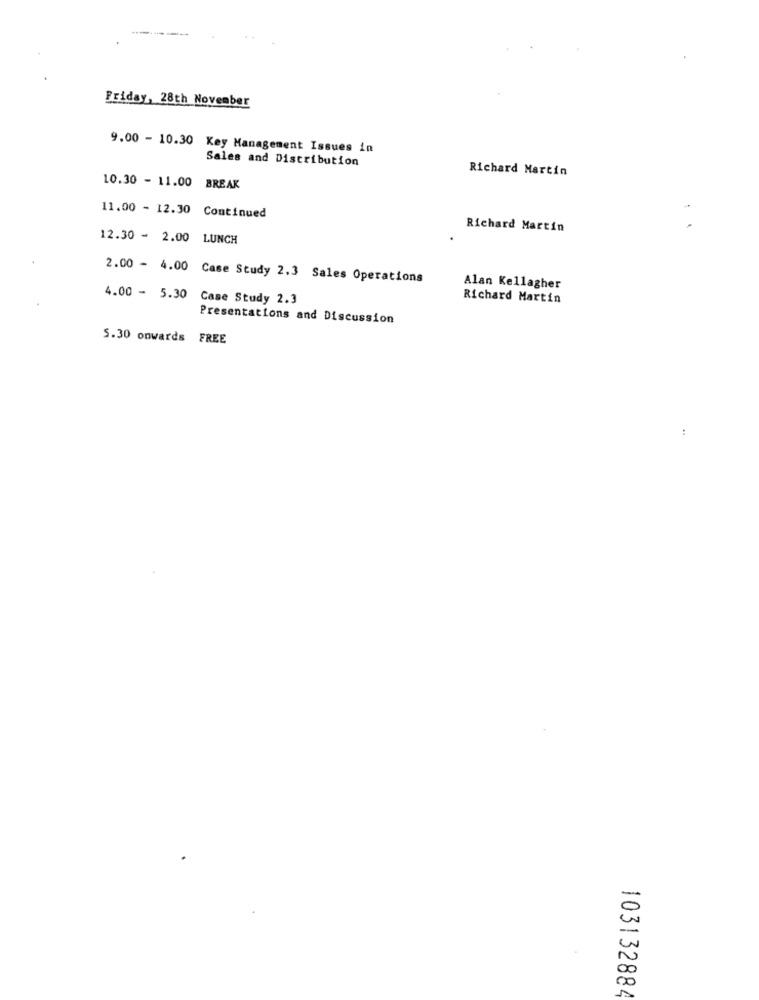
Friday, 28th November
9.00 - 10.30 Key Management Issues in
Sales and Distribution
Richard Martin
10.30 - 11.00 BREAK
11.00 - 12.30 Continued
Richard Martin
12.30 - 2.00 LUNCH
2.00 - 4.00 Case Study 2.3 Sales Operations
Alan Kellagher
4.00 - 5.30
Case Study 2.3
Richard Martin
Presentations and Discussion
5.30 onwards FREE
:
103132884